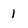
Character: 1